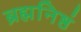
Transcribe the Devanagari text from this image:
ब्रह्मनिष्ठं